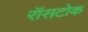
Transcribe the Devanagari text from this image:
रॉसटोक